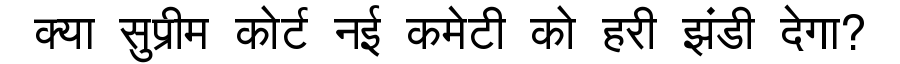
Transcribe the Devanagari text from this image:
क्या सुप्रीम कोर्ट नई कमेटी को हरी झंडी देगा?